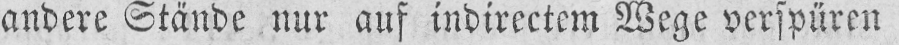
andere Stände nur auf indirectem Wege verspüren